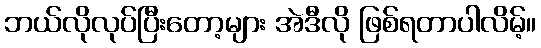
ဘယ်လိုလုပ်ပြီးတော့များ အဲဒီလို ဖြစ်ရတာပါလိမ့်။